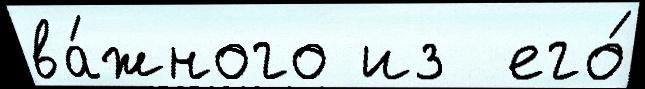
ва́жного из  его́